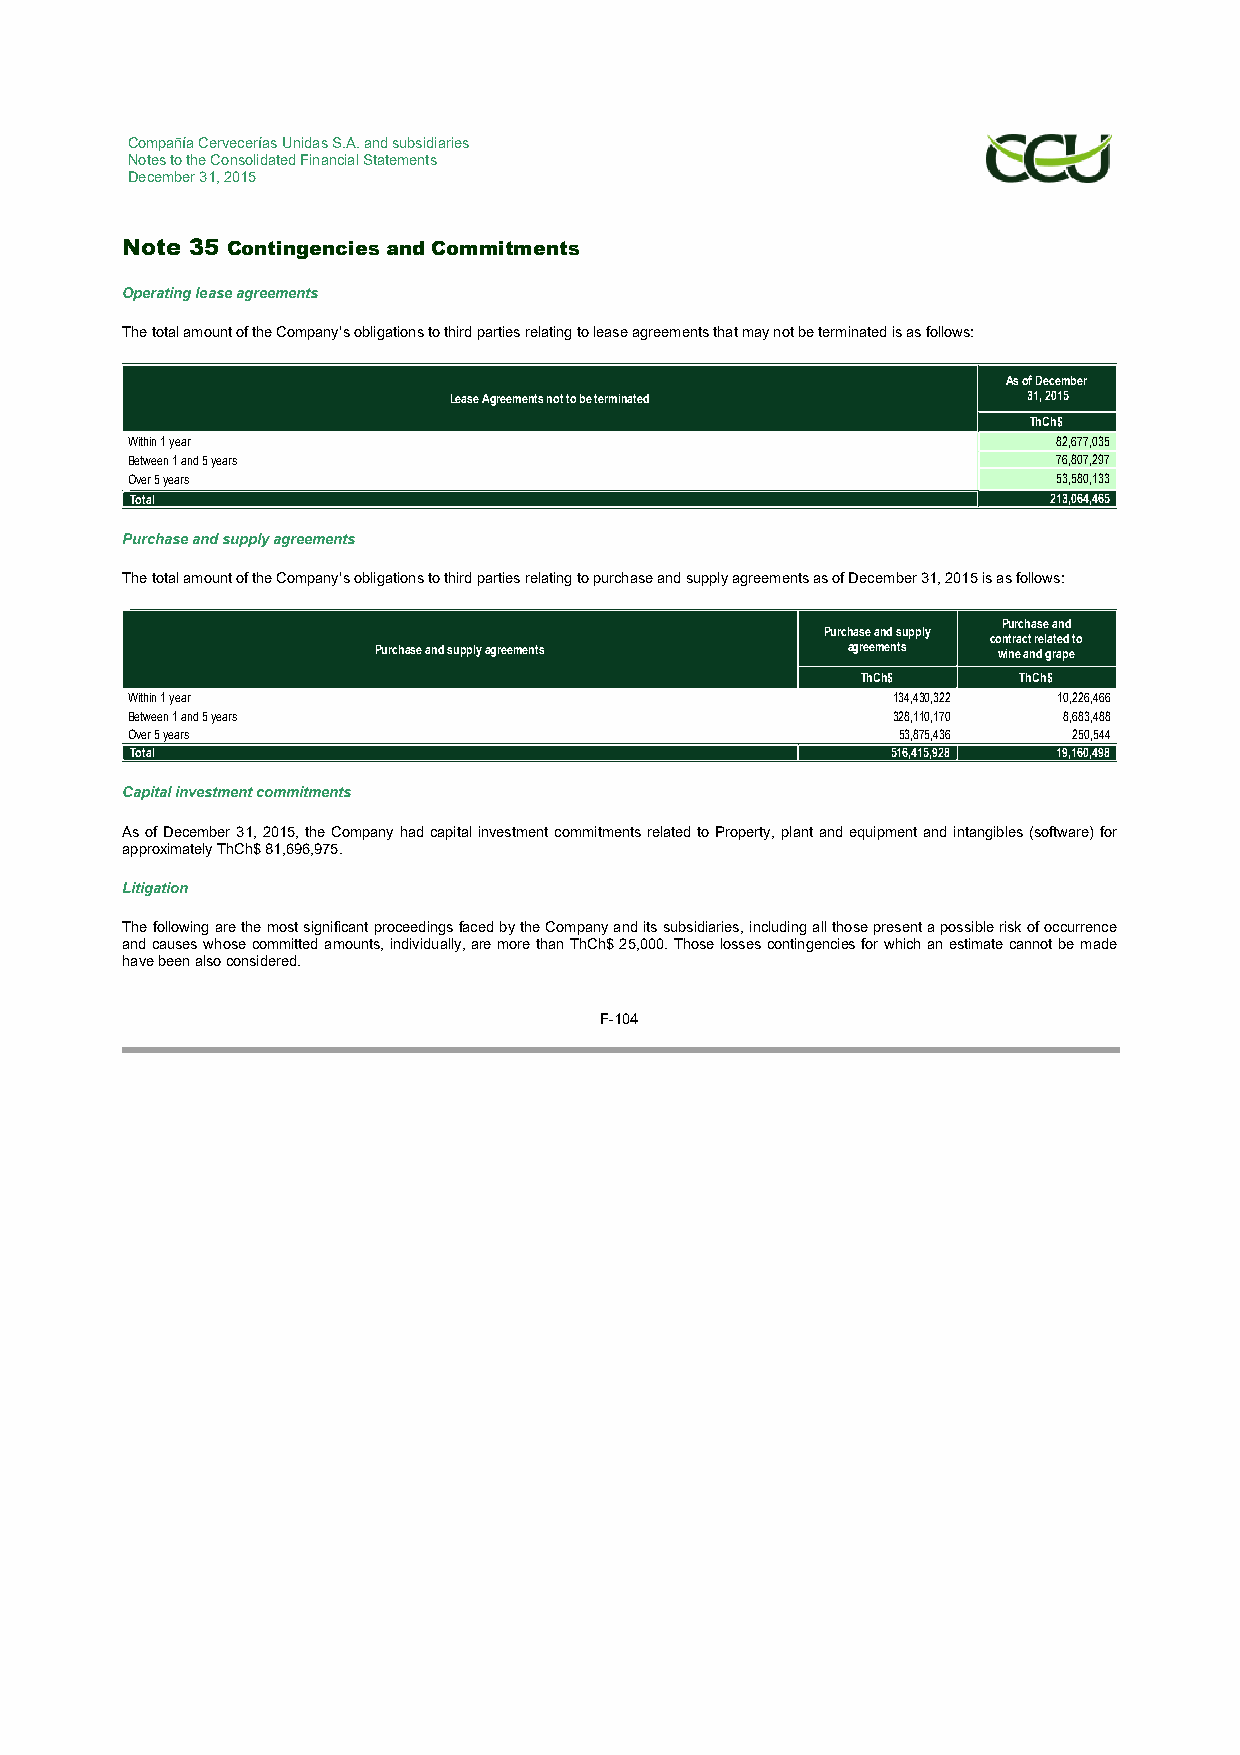
Compañía Cervecerías Unidas S.A. and subsidiaries
 Notes to the Consolidated Financial Statements
 December 31, 2015
 Note 35 Contingencies and Commitments
 Operating lease agreements
 The total amount of the Company’s obligations to third parties relating to lease agreements that may not be terminated is as follows:
 As of December
 Lease Agreements not to be terminated 31, 2015
 ThCh$
 Within 1 year                                                 82,677,035
 Between 1 and 5 years                                         76,807,297
 Over 5 years                                                  53,580,133
 Total                                                        213,064,465
 Purchase and supply agreements
 The total amount of the Company’s obligations to third parties relating to purchase and supply agreements as of December 31, 2015 is as follows:
 Purchase and
 Purchase and supply
 contract related to
 Purchase and supply agreements agreements wine and grape
 ThCh$     ThCh$
 Within 1 year                                      134,430,322 10,226,466
 Between 1 and 5 years                              328,110,170 8,683,488
 Over 5 years                                       53,875,436  250,544
 Total                                             516,415,928 19,160,498
 Capital investment commitments
 As of December 31, 2015, the Company had capital investment commitments related to Property, plant and equipment and intangibles (software) for
 approximately ThCh$ 81,696,975.
 Litigation
 The following are the most significant proceedings faced by the Company and its subsidiaries, including all those present a possible risk of occurrence
 and causes whose committed amounts, individually, are more than ThCh$ 25,000. Those losses contingencies for which an estimate cannot be made
 have been also considered.
 F-104